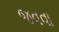
જવવા